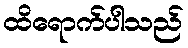
ထိရောက်ပါသည်